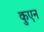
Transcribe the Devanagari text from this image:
कुएन